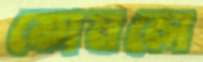
কোমলে